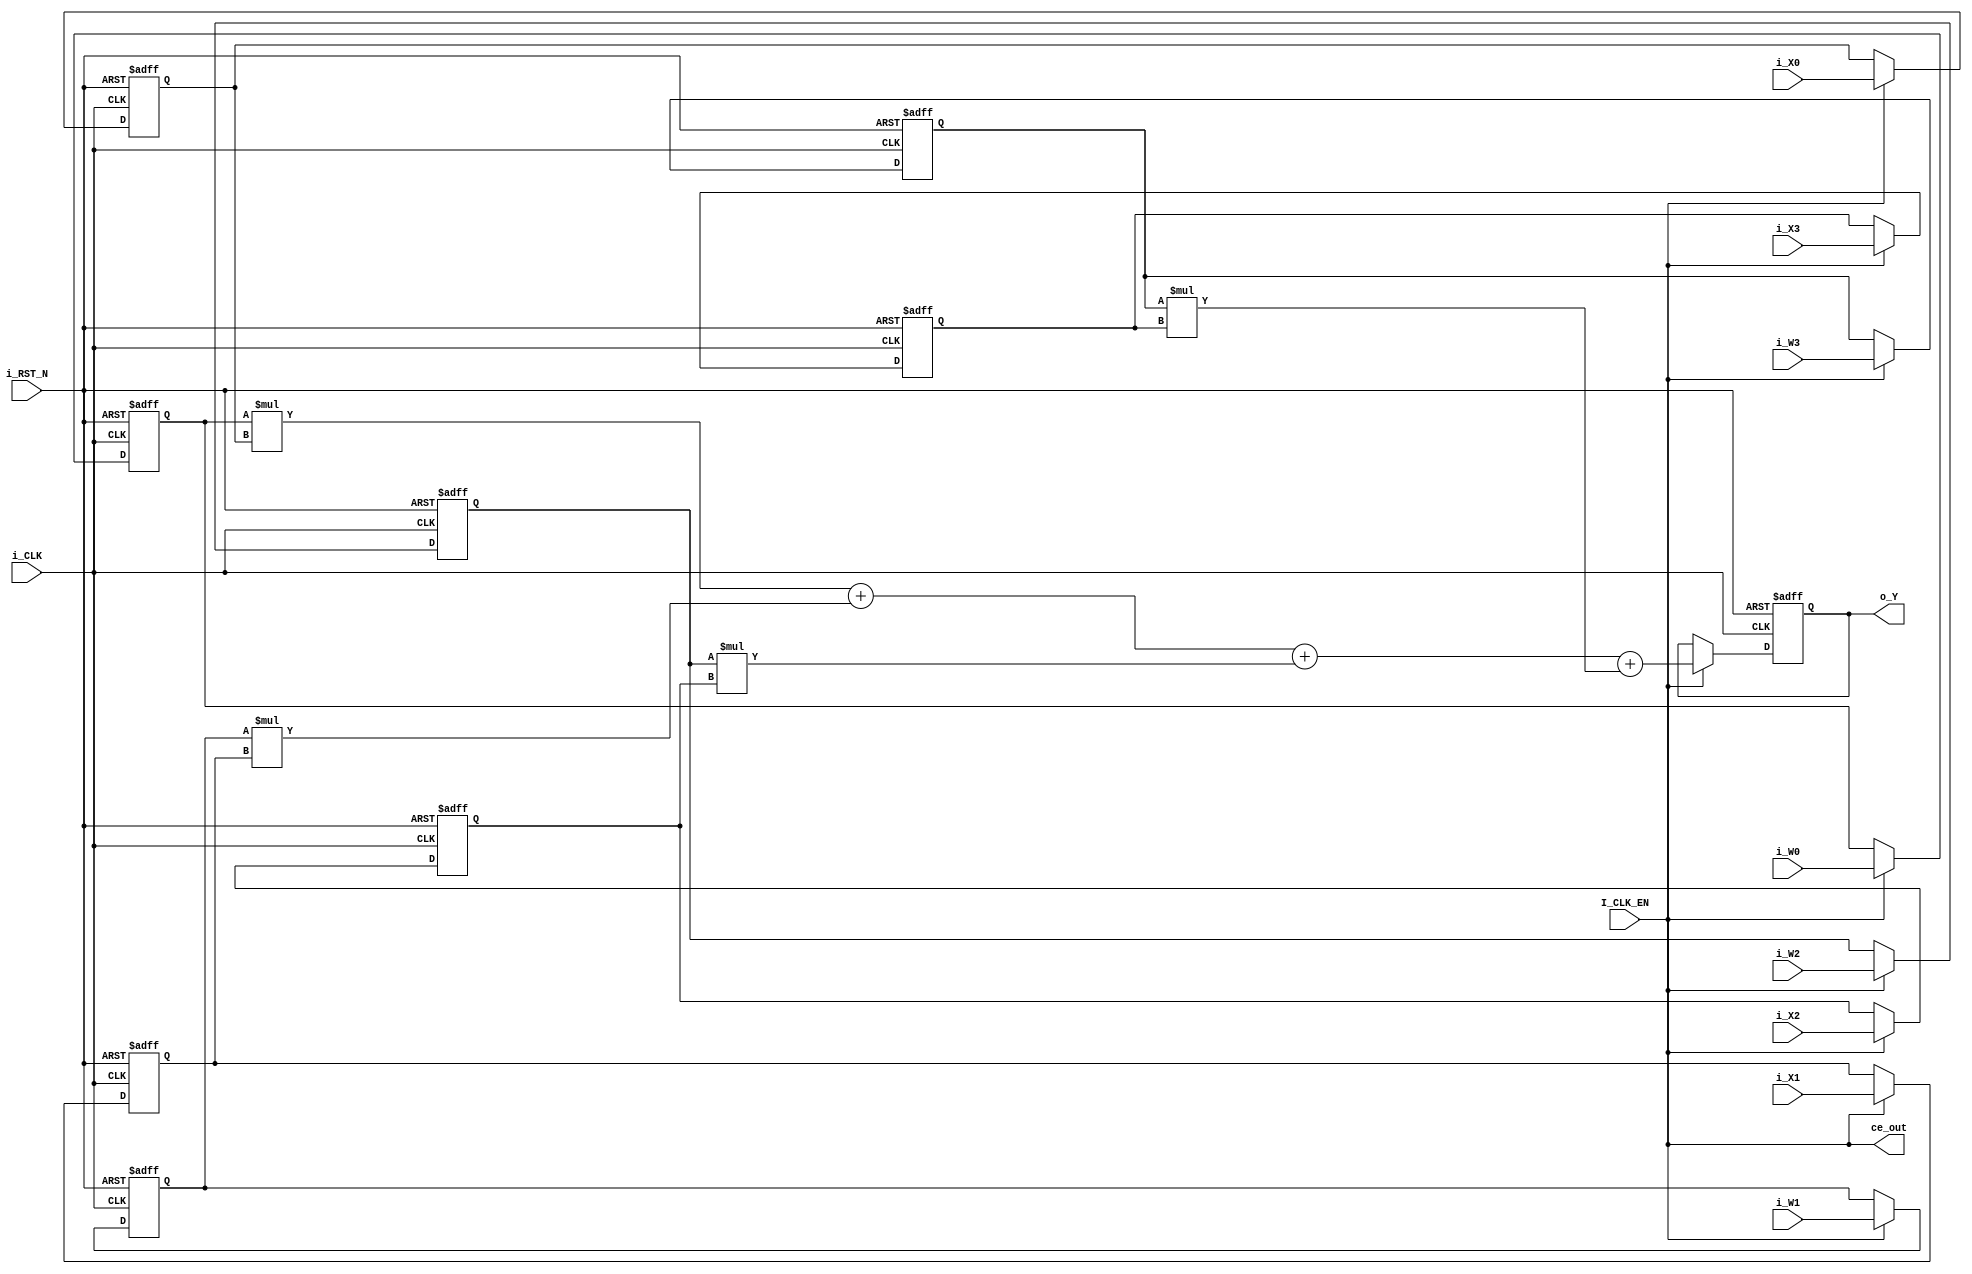
// -------------------------------------------------------------
// 
// 
// Generated by MATLAB 9.12 and HDL Coder 3.20
// 
// 
// -- -------------------------------------------------------------
// -- Rate and Clocking Details
// -- -------------------------------------------------------------
// Model base rate: 1
// Target subsystem base rate: 1
// 
// 
// Clock Enable  Sample Time
// -- -------------------------------------------------------------
// ce_out        1
// -- -------------------------------------------------------------
// 
// 
// Output Signal                 Clock Enable  Sample Time
// -- -------------------------------------------------------------
// o_Y                           ce_out        1
// -- -------------------------------------------------------------
// 
// -------------------------------------------------------------


// -------------------------------------------------------------
// 
// Module: PROCESSING_UNIT
// Source Path: lab1/PROCESSING_UNIT
// Hierarchy Level: 0
// 
// -------------------------------------------------------------

`timescale 1 ns / 1 ns

module PROCESSING_UNIT
          (i_CLK,
           i_RST_N,
           I_CLK_EN,
           i_W0,
           i_W1,
           i_W2,
           i_W3,
           i_X0,
           i_X1,
           i_X2,
           i_X3,
           ce_out,
           o_Y);


  input   i_CLK;
  input   i_RST_N;
  input   I_CLK_EN;
  input   signed [7:0] i_W0;  // int8
  input   signed [7:0] i_W1;  // int8
  input   signed [7:0] i_W2;  // int8
  input   signed [7:0] i_W3;  // int8
  input   signed [7:0] i_X0;  // int8
  input   signed [7:0] i_X1;  // int8
  input   signed [7:0] i_X2;  // int8
  input   signed [7:0] i_X3;  // int8
  output  ce_out;
  output  signed [15:0] o_Y;  // int16


  wire enb;
  reg signed [7:0] Delay_out1;  // int8
  reg signed [7:0] Delay2_out1;  // int8
  reg signed [7:0] Delay4_out1;  // int8
  reg signed [7:0] Delay6_out1;  // int8
  reg signed [7:0] Delay1_out1;  // int8
  wire signed [15:0] Product_out1;  // int16
  reg signed [7:0] Delay3_out1;  // int8
  wire signed [15:0] Product2_out1;  // int16
  wire signed [15:0] Add_stage2_add_temp;  // sfix16
  wire signed [16:0] Add_op_stage1;  // sfix17
  reg signed [7:0] Delay5_out1;  // int8
  wire signed [15:0] Product3_out1;  // int16
  wire signed [15:0] Add_stage3_add_cast;  // sfix16
  wire signed [15:0] Add_stage3_add_temp;  // sfix16
  wire signed [17:0] Add_op_stage2;  // sfix18
  reg signed [7:0] Delay7_out1;  // int8
  wire signed [15:0] Product1_out1;  // int16
  wire signed [15:0] Add_stage4_add_cast;  // sfix16
  wire signed [15:0] Add_out1;  // int16
  reg signed [15:0] Delay8_out1;  // int16


  assign enb = I_CLK_EN;

  always @(posedge i_CLK or negedge i_RST_N)
    begin : Delay_process
      if (i_RST_N == 1'b0) begin
        Delay_out1 <= 8'sb00000000;
      end
      else begin
        if (enb) begin
          Delay_out1 <= i_W0;
        end
      end
    end



  always @(posedge i_CLK or negedge i_RST_N)
    begin : Delay2_process
      if (i_RST_N == 1'b0) begin
        Delay2_out1 <= 8'sb00000000;
      end
      else begin
        if (enb) begin
          Delay2_out1 <= i_W1;
        end
      end
    end



  always @(posedge i_CLK or negedge i_RST_N)
    begin : Delay4_process
      if (i_RST_N == 1'b0) begin
        Delay4_out1 <= 8'sb00000000;
      end
      else begin
        if (enb) begin
          Delay4_out1 <= i_W2;
        end
      end
    end



  always @(posedge i_CLK or negedge i_RST_N)
    begin : Delay6_process
      if (i_RST_N == 1'b0) begin
        Delay6_out1 <= 8'sb00000000;
      end
      else begin
        if (enb) begin
          Delay6_out1 <= i_W3;
        end
      end
    end



  always @(posedge i_CLK or negedge i_RST_N)
    begin : Delay1_process
      if (i_RST_N == 1'b0) begin
        Delay1_out1 <= 8'sb00000000;
      end
      else begin
        if (enb) begin
          Delay1_out1 <= i_X0;
        end
      end
    end



  assign Product_out1 = Delay_out1 * Delay1_out1;



  always @(posedge i_CLK or negedge i_RST_N)
    begin : Delay3_process
      if (i_RST_N == 1'b0) begin
        Delay3_out1 <= 8'sb00000000;
      end
      else begin
        if (enb) begin
          Delay3_out1 <= i_X1;
        end
      end
    end



  assign Product2_out1 = Delay2_out1 * Delay3_out1;



  assign Add_stage2_add_temp = Product_out1 + Product2_out1;
  assign Add_op_stage1 = {Add_stage2_add_temp[15], Add_stage2_add_temp};



  always @(posedge i_CLK or negedge i_RST_N)
    begin : Delay5_process
      if (i_RST_N == 1'b0) begin
        Delay5_out1 <= 8'sb00000000;
      end
      else begin
        if (enb) begin
          Delay5_out1 <= i_X2;
        end
      end
    end



  assign Product3_out1 = Delay4_out1 * Delay5_out1;



  assign Add_stage3_add_cast = Add_op_stage1[15:0];
  assign Add_stage3_add_temp = Add_stage3_add_cast + Product3_out1;
  assign Add_op_stage2 = {{2{Add_stage3_add_temp[15]}}, Add_stage3_add_temp};



  always @(posedge i_CLK or negedge i_RST_N)
    begin : Delay7_process
      if (i_RST_N == 1'b0) begin
        Delay7_out1 <= 8'sb00000000;
      end
      else begin
        if (enb) begin
          Delay7_out1 <= i_X3;
        end
      end
    end



  assign Product1_out1 = Delay6_out1 * Delay7_out1;



  assign Add_stage4_add_cast = Add_op_stage2[15:0];
  assign Add_out1 = Add_stage4_add_cast + Product1_out1;



  always @(posedge i_CLK or negedge i_RST_N)
    begin : Delay8_process
      if (i_RST_N == 1'b0) begin
        Delay8_out1 <= 16'sb0000000000000000;
      end
      else begin
        if (enb) begin
          Delay8_out1 <= Add_out1;
        end
      end
    end



  assign o_Y = Delay8_out1;

  assign ce_out = I_CLK_EN;

endmodule  // PROCESSING_UNIT